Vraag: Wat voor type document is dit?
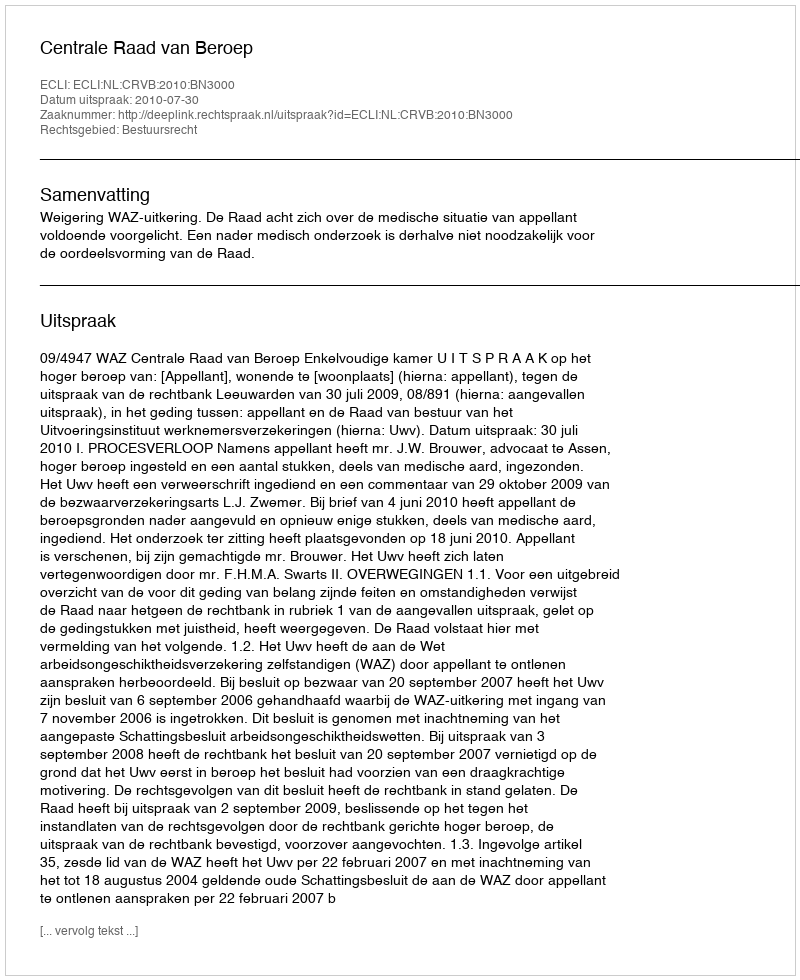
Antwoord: Uitspraak